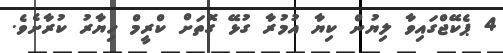
4 ޕެކޭޖްގައިވާ ލިޔުން ކިޔާ އުމުރާ ގުޅޭ ގޮތަށް ކްރީމް ހިޔާރު ކުރާށެވެ.